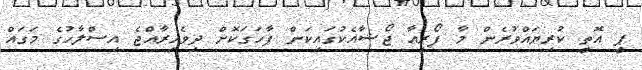
ޕީ އޮތީ ކުރިޔައްވުރެން މާ ފޯރިއާ ޖޯޝާއެކުގައިކަން ފާހަގަކޮށް ދިވެހިރާއްޖެ އިސްލާހުގެ މަގައް